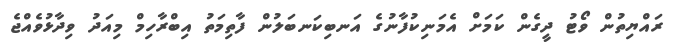
ރައްޔިތުން ވޯޓު ދީގެން ކަމަށް އެމަނިކުފާނުގެ އަނބިކަނބަލުން ފާތިމަތު އިބްރާހިމް މިއަދު ވިދާޅުވެއްޖެ